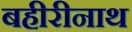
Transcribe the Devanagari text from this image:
बहीरीनाथ